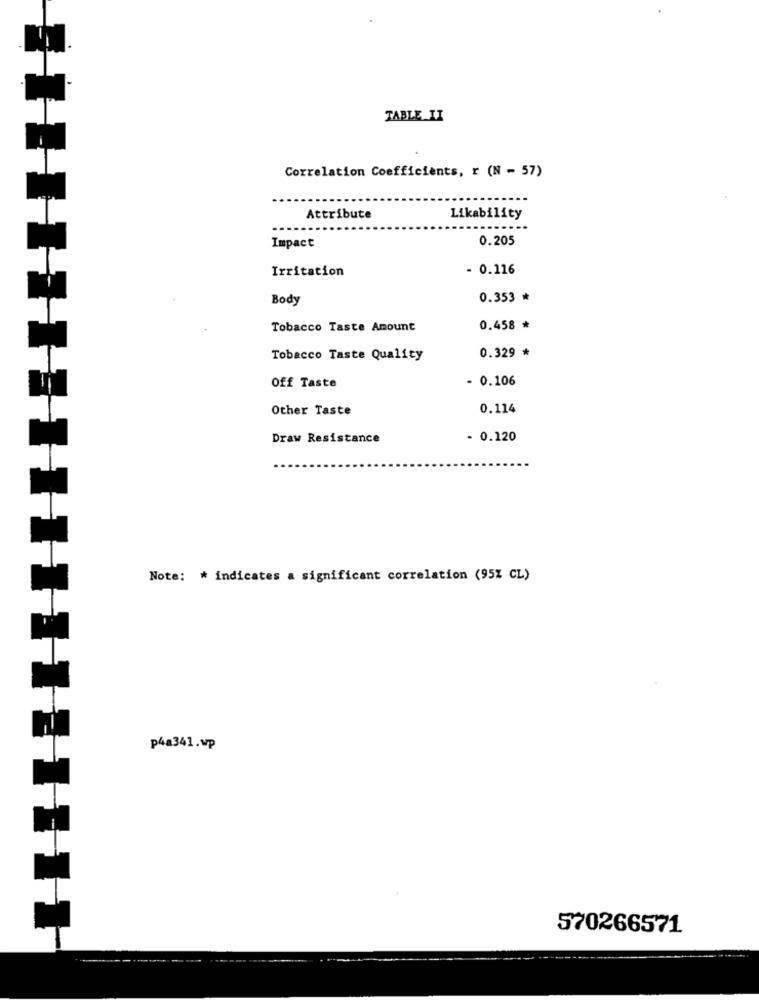
TABLE II
Correlation Coefficients, r (N - 57)
Attribute
Likability
Impact
0.205
Irritation
- 0.116
Body
0.353 *
Tobacco Taste Amount
0.458 *
0.329 *
Tobacco Taste Quality
Off Taste
- 0.106
Other Taste
0.114
Draw Resistance
- 0.120
Note: * indicates a significant correlation (95% CL)
p4a341.up
570266571